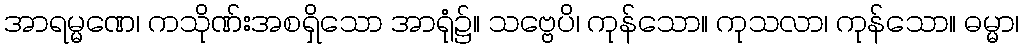
အာရမ္မဏေ၊ ကသိုဏ်းအစရှိသော အာရုံ၌။ သဗ္ဗေပိ၊ ကုန်သော။ ကုသလာ၊ ကုန်သော။ ဓမ္မာ၊